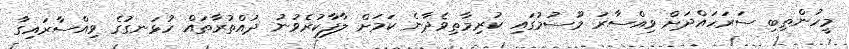
މީހުންތިބި ސަރަހައްދަށް ވިއްސާރަ މޫސުމުގައި ކުރިމާތިވެދާނެ ކަމަށް ލާފާކުރެވުނު ދުއްތުރާތައް ހުޅަނގުގެ ވިއްސާރައިގާ